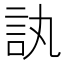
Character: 訙